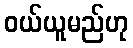
ဝယ်ယူမည်ဟု